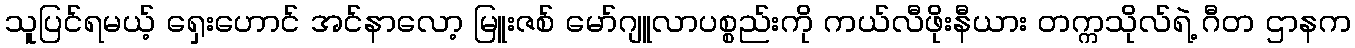
သူပြင်ရမယ့် ရှေးဟောင် အင်နာလော့ မြူးဇစ် မော်ဂျူလာပစ္စည်းကို ကယ်လီဖိုးနီယား တက္ကသိုလ်ရဲ့ ဂီတ ဌာနက